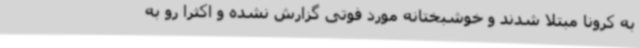
به کرونا مبتلا شدند و خوشبختانه مورد فوتی گزارش نشده و اکثراً رو به